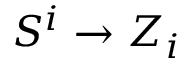
S ^ { i } \to Z _ { i }